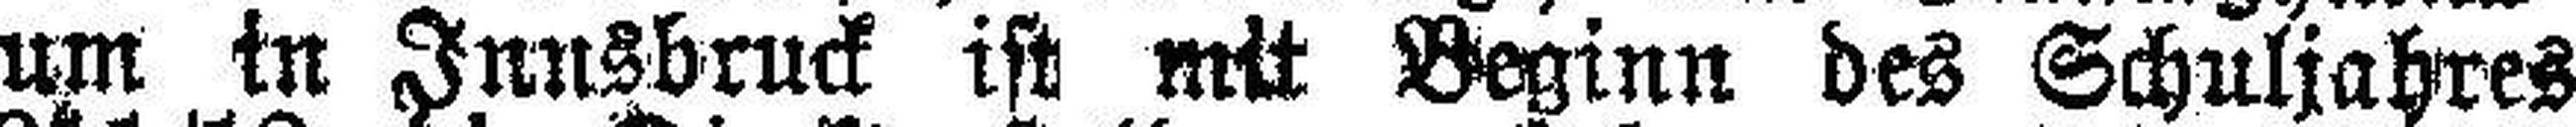
sium in Innsbruck ist mit Beginn des Schuljahres